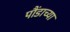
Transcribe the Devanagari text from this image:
पौंडाच्या